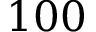
1 0 0